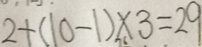
2 + ( 1 0 - 1 ) \times 3 = 2 9